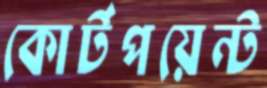
কোর্টপয়েন্ট